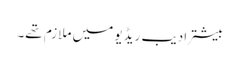
بیشتر ادیب ریڈیو میں ملازم تھے۔